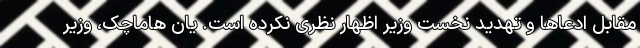
مقابل ادعاها و تهدید نخست وزیر اظهار نظری نکرده است. یان هاماچک، وزیر